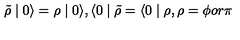
\tilde { \rho } \mid 0 \rangle = \rho \mid 0 \rangle , \langle 0 \mid \tilde { \rho } = \langle 0 \mid \rho , \rho = \phi o r \pi